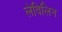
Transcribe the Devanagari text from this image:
लेविलिन